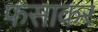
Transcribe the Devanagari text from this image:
फसाकर